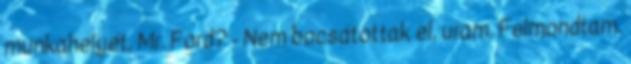
munkahelyét, Mr. Ford? - Nem bocsátottak el, uram. Felmondtam.